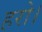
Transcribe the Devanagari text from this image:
हरो।